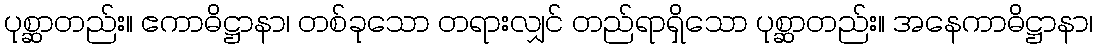
ပုစ္ဆာတည်း။ ဧကာဓိဋ္ဌာနာ၊ တစ်ခုသော တရားလျှင် တည်ရာရှိသော ပုစ္ဆာတည်း။ အနေကာဓိဋ္ဌာနာ၊